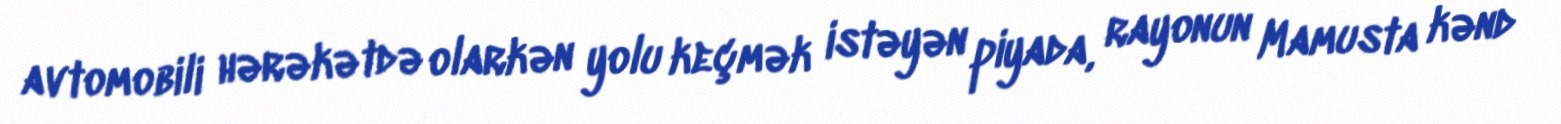
avtomobili hərəkətdə olarkən yolu keçmək istəyən piyada, rayonun Mamusta kənd